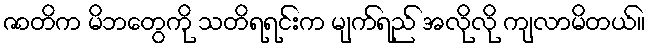
ဇာတိက မိဘတွေကို သတိရရင်းက မျက်ရည် အလိုလို ကျလာမိတယ်။